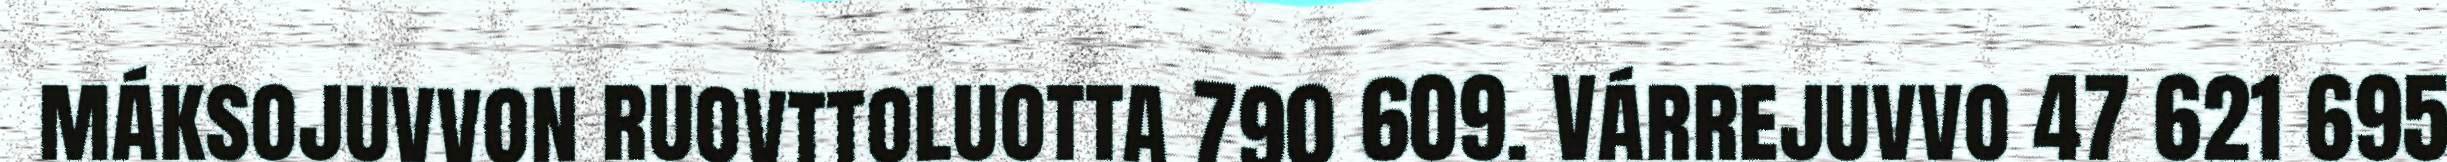
máksojuvvon ruovttoluotta 790 609. Várrejuvvo 47 621 695